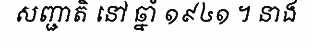
សញ្ជាតិ នៅ ឆ្នាំ ១៩៤១ ។ នាង